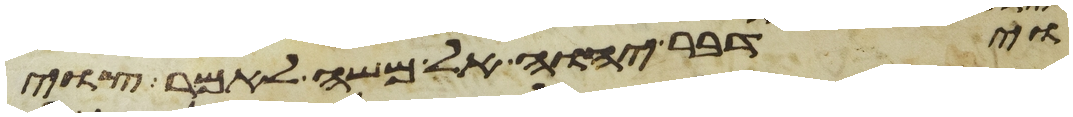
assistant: וידבר יהוה אל משה לאמר צוי